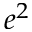
e ^ { 2 }